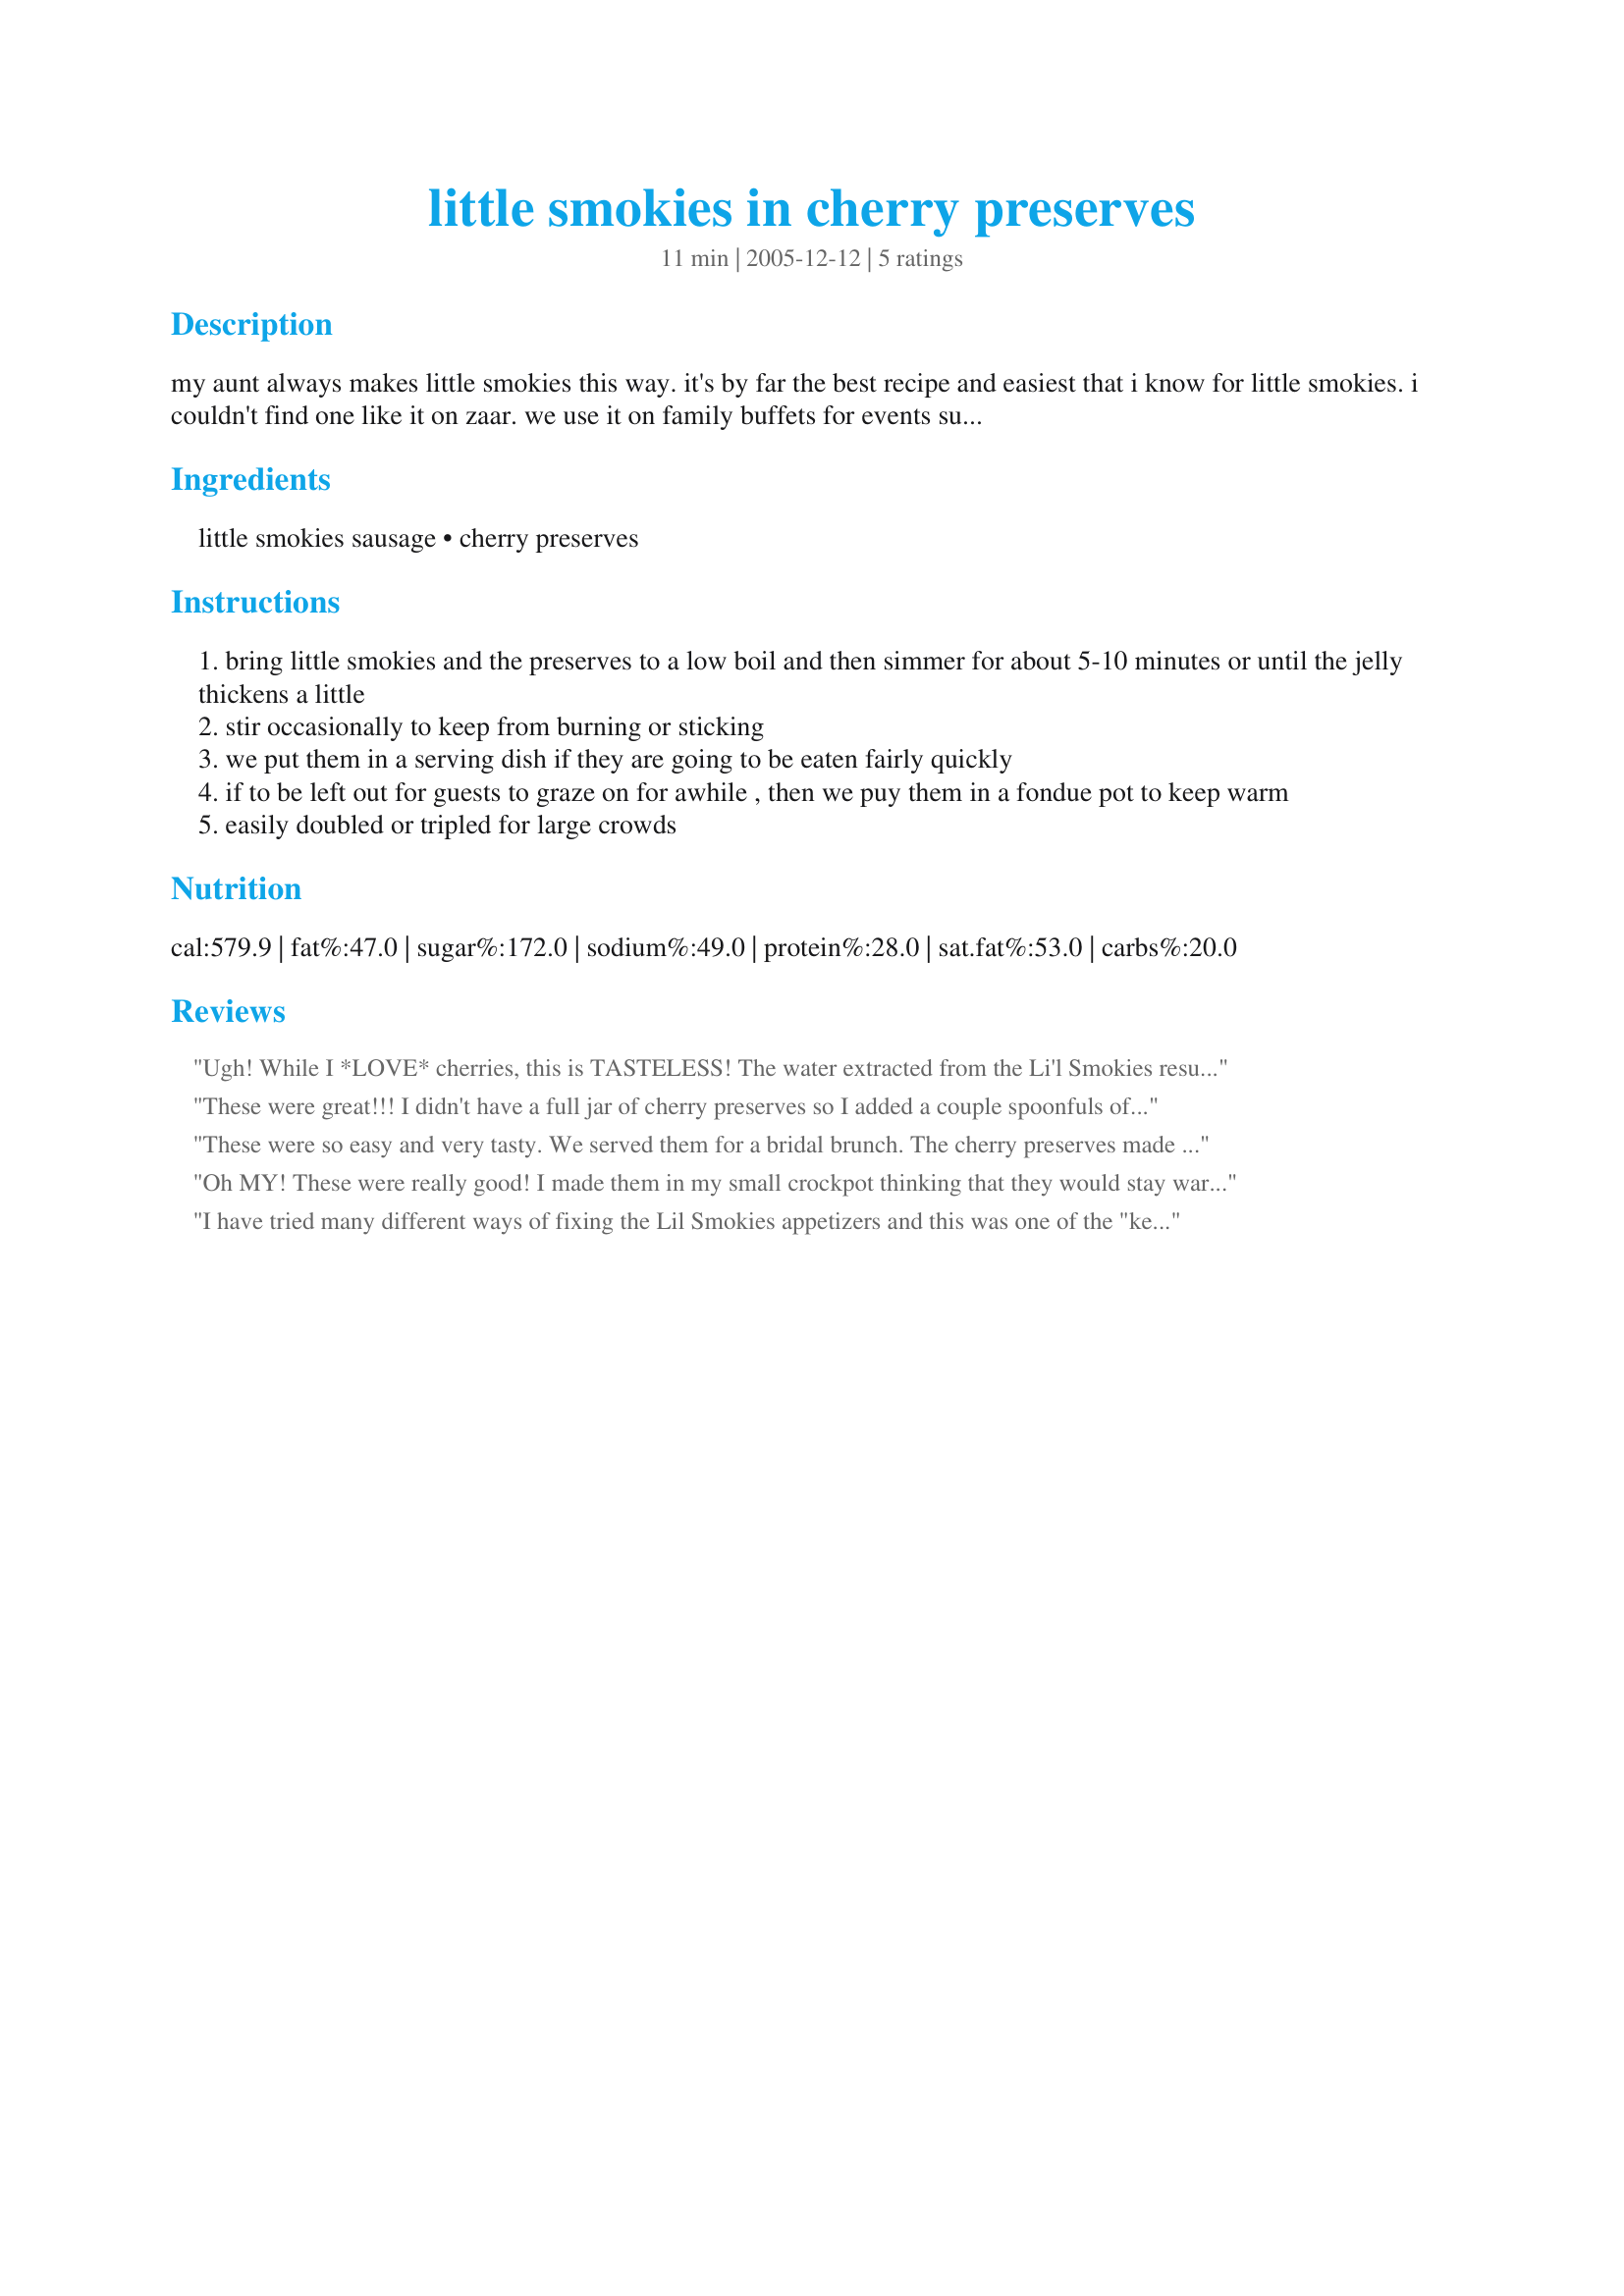
little smokies in cherry preserves
Preparation time: 11 minutes

my aunt always makes little smokies this way. it's by far the best recipe and easiest that i know for little smokies. i couldn't find one like it on zaar. we use it on family buffets for events such as showers or super bowl and it is always a favorite.

Ingredients:
little smokies sausage, cherry preserves

Steps:
bring little smokies and the preserves to a low boil and then simmer for about 5-10 minutes or until the jelly thickens a little
stir occasionally to keep from burning or sticking
we put them in a serving dish if they are going to be eaten fairly quickly
if to be left out for guests to graze on for awhile , then we puy them in a fondue pot to keep warm
easily doubled or tripled for large crowds

Reviews:
Ugh! While I *LOVE* cherries, this is TASTELESS! The water extracted from the Li'l Smokies results in a watery but sweetish (not much cherry flavor after cooking either) sauce that tastes like nothing but SUGAR. I guess little kids might like it, but for adults... You're better off going with a BBQ-type sauce, such as the classic chili sauce and grape jelly mixture. Had to add chili sauce to the pot, but it still wasn't as good as with the grape jelly. Total waste of my pack of L'il Smokies!!
These were great!!! I didn't have a full jar of cherry preserves so I added a couple spoonfuls of grape jelly too. DH had a feat over them!! :) Thank you for sharing your Aunts recipe!
These were so easy and very tasty. We served them for a bridal brunch. The cherry preserves made them seem more appropriate for a morning event rather than the usual barbecue treatment which is better suited for appetizers. Everyone loved them!
Oh MY! These were really good! I made them in my small crockpot thinking that they would stay warm, that way so we could munch on them...boy was I wrong! They were gone in a flash. Next time I'll just make them and seve them on a dish because they don't have enough time to get cold! I did have to use Black Cherry jelly as our store doesn't carry just cherry. I WILL be making these again. Thanks for posting!
I have tried many different ways of fixing the Lil Smokies appetizers and this was one of the "keepers"! Seems like the barbeque one tend to get stronger/saltier the longer they sit, but not these! They had a great flavor without being too strong & were so simple to fix. Thanks for sharing this recipe, Aggiezoey!! :)
